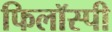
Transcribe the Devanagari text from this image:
फिलॉस्पी